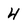
Character: 4